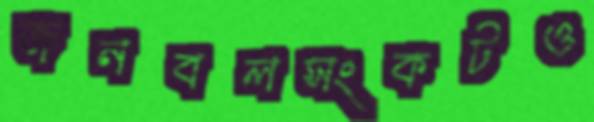
জনবলসংকটও